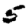
Digit: 5